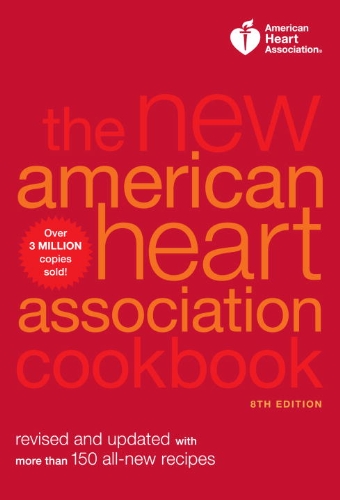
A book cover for The New American Heart Association Cookbook, 8th Edition: Revised and Updated with More Than 150 All-New Recipes; American Heart Association; Cookbooks, Food & Wine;